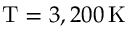
\mathrm { T } = 3 , 2 0 0 \, \mathrm { K }